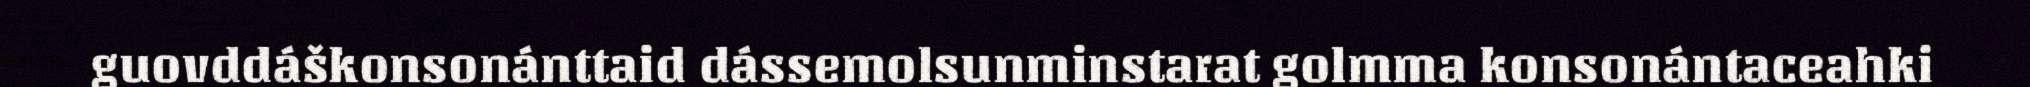
guovddáškonsonánttaid dássemolsunminstarat golmma konsonántaceahki